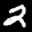
Label: 2